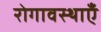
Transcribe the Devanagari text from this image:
रोगावस्थाएँ